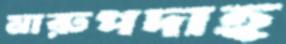
মারুপদাহ